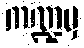
ကဏ္ဍမှ